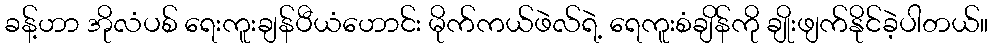
ခန့်ဟာ အိုလံပစ် ရေးကူးချန်ပီယံဟောင်း မိုက်ကယ်ဖဲလ်ရဲ့ ရေကူးစံချိန်ကို ချိုးဖျက်နိုင်ခဲ့ပါတယ်။